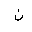
Letter: _non